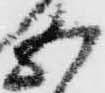
五